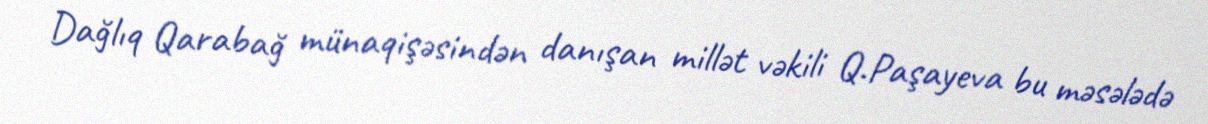
Dağlıq Qarabağ münaqişəsindən danışan millət vəkili Q.Paşayeva bu məsələdə